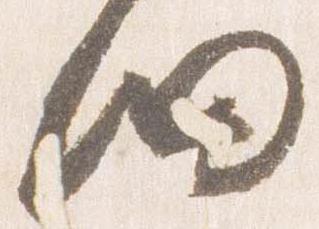
細